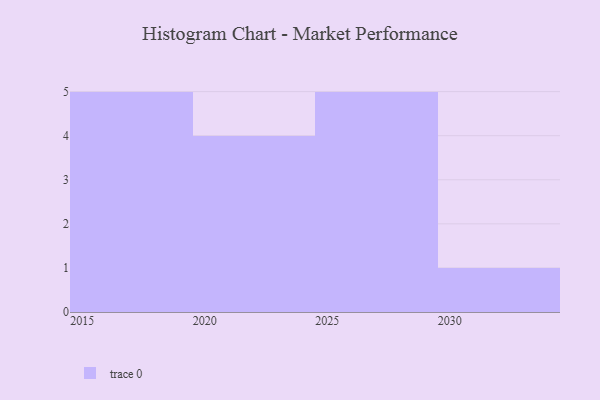
{"axis": {"x": "Year", "y": "Demand Index"}, "legend": [""], "data": [{"x": "2028", "y": 34, "type": ""}, {"x": "2015", "y": 80, "type": ""}, {"x": "2027", "y": 43, "type": ""}, {"x": "2026", "y": 40, "type": ""}, {"x": "2030", "y": 23, "type": ""}, {"x": "2017", "y": 8, "type": ""}, {"x": "2019", "y": 20, "type": ""}, {"x": "2022", "y": 5, "type": ""}, {"x": "2024", "y": 4, "type": ""}, {"x": "2016", "y": 48, "type": ""}, {"x": "2025", "y": 30, "type": ""}, {"x": "2020", "y": 63, "type": ""}, {"x": "2023", "y": 36, "type": ""}, {"x": "2029", "y": 86, "type": ""}, {"x": "2018", "y": 34, "type": ""}]}